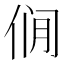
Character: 𰂎